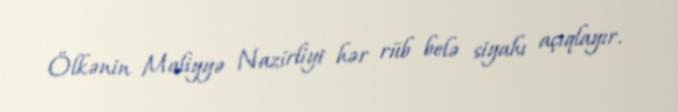
Ölkənin Maliyyə Nazirliyi hər rüb belə siyahı açıqlayır.